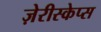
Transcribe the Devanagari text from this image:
ज़ेरीस्‍केप्‍स